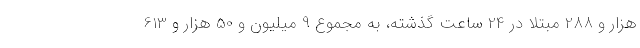
هزار و 288 مبتلا در 24 ساعت گذشته، به مجموع 9 میلیون و 50 هزار و 613